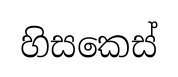
හිසකෙස්